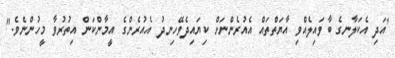
"އަދި އެކަލާނގެ ބާވައިލެއްވި އާޔަތްތައް އެއުރެންނަށް ކިޔައިދެވޭހިނދު އެއުރެންގެ އީމާންކަން އިތުރުވާ މީހުންނެވެ."